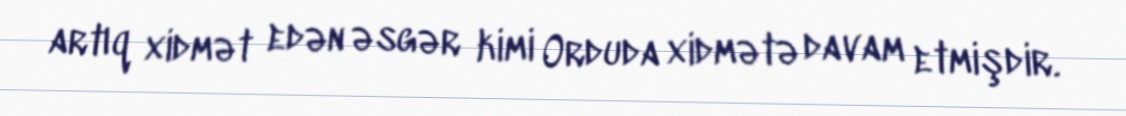
artıq xidmət edən əsgər kimi Orduda xidmətə davam etmişdir.